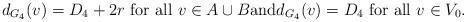
LaTeX: \begin{align*} d_{G_4}(v)=D_4+2r \mbox{ for all } v \in A \cup B \mbox{and} d_{G_4}(v)=D_4 \mbox{ for all } v \in V_0.\end{align*}